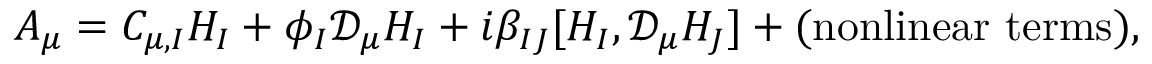
A _ { \mu } = C _ { \mu , I } H _ { I } + \phi _ { I } { \mathcal D } _ { \mu } H _ { I } + i \beta _ { I J } [ H _ { I } , { \mathcal D } _ { \mu } H _ { J } ] + \mathrm { ( n o n l i n e a r ~ t e r m s ) } ,